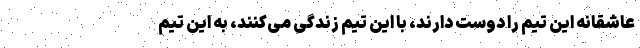
عاشقانه این تیم را دوست دارند، با این تیم زندگی می‌کنند، به این تیم